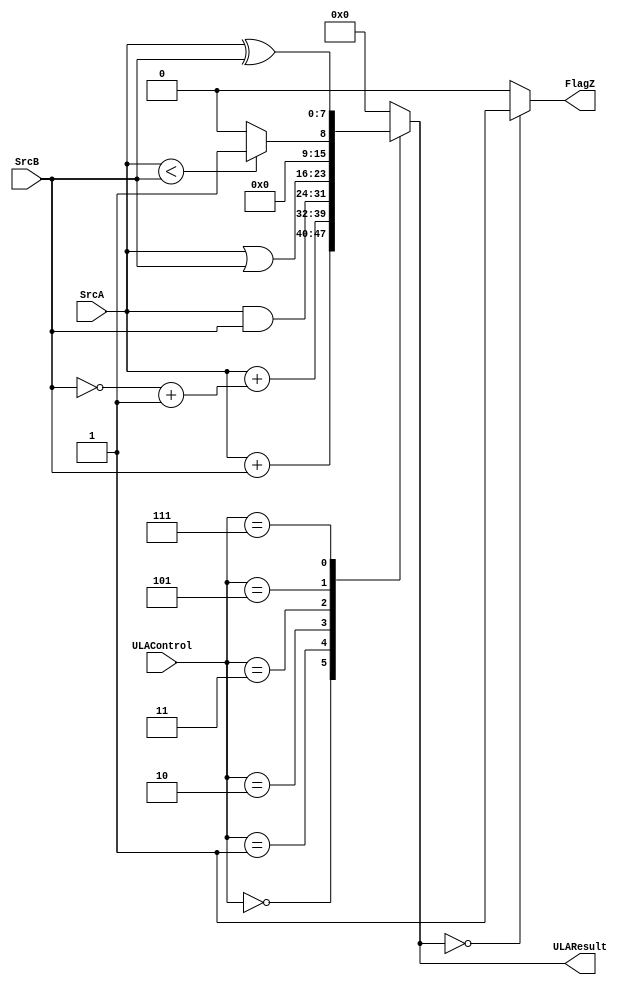
module ULA (
	 input wire [7:0] SrcA, SrcB,
	 input wire [2:0] ULAControl,
	 output reg [7:0] ULAResult,
	 output reg FlagZ
);

/*
 SrcA (8bits): Entrada de dados do operando A;
 SrcB (8bits): Entrada de dados do operando B;
 ULAControl (3bits): Entrada para seleo da operao realizada (ver Tabela 1).
Sadas:
 ULAResult (8bits): Sada do resultado da operao realizada;
 Flag Z (1bit): Bit de status que indica se a sada da operao realizada  zero (resultado igual a zero: Z=1;
resultado diferente de zero: Z=0).
*/

//Add 3b000 = SrcA + SrcB
//Subtract 3b001 = SrcA + SrcB + 1
//And 3b010 = SrcA & SrcB
//Or 3b011 = SrcA | SrcB
//Set less than (SLT) 3b101 1, se SrcA < SrcB ; 0, caso contrario.

always @(*) begin
    case (ULAControl)
        3'b000: ULAResult = SrcA + SrcB;
        3'b001: ULAResult = (SrcA + (~SrcB + 1));
        3'b010: ULAResult = SrcA & SrcB;
        3'b011: ULAResult = SrcA | SrcB;
        3'b101: ULAResult = (SrcA < SrcB) ? 8'b00000001 : 8'b00000000;
		  3'b111: ULAResult = (SrcA ^ SrcB);
		  
        default: ULAResult = 8'b00000000;
    endcase

    FlagZ = (ULAResult == 8'b00000000) ? 1'b1 : 1'b0;
end

endmodule